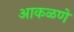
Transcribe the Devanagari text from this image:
आकळणे